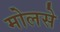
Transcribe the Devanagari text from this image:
मोलसे